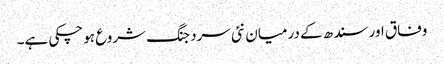
وفاق اور سندھ کے درمیان نئی سرد جنگ شروع ہوچکی ہے۔